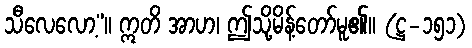
သီလေလော့”။ ဣတိ အာဟ၊ ဤသို့မိန့်တော်မူ၏။ (ဋ္ဌ-၁၅၁)